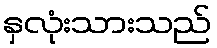
နှလုံးသားသည်